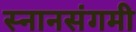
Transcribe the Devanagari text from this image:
स्नानसंगमी